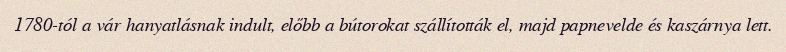
1780-tól a vár hanyatlásnak indult, előbb a bútorokat szállították el, majd papnevelde és kaszárnya lett.